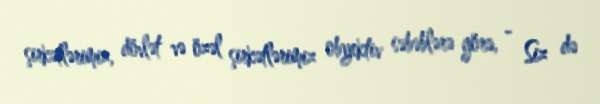
şirkətlərimiz, dövlət və özəl şirkətlərimiz obyektiv səbəblərə görə, - Siz də